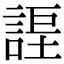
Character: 𧩆